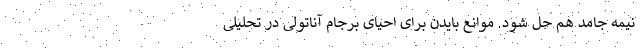
نیمه جامد هم حل شود. موانع بایدن برای احیای برجام آناتولی در تحلیلی